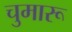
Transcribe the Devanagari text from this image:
चुमारू